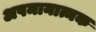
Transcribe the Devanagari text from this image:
अपमानात्मक